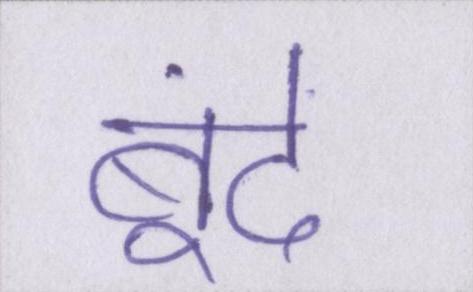
बूंदें